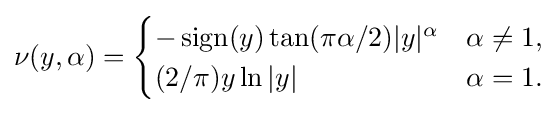
\nu (y,\alpha )={\begin{cases}-\operatorname {sign} (y)\tan(\pi \alpha /2)|y|^{\alpha }&\alpha \neq 1,\\(2/\pi )y\ln |y|&\alpha =1.\end{cases}}